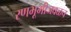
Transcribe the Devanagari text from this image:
रणभूमीजवळच